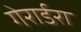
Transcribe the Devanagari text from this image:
गेरार्डरा